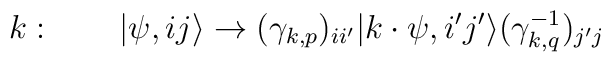
k: \quad \quad \vert \psi,ij \rangle  \rightarrow( \gamma_{k,p} )_{i i^{\prime}}\vert k \cdot \psi,i^{\prime} j^{\prime} \rangle( \gamma_{k,q}^{-1})_{j^{\prime} j}